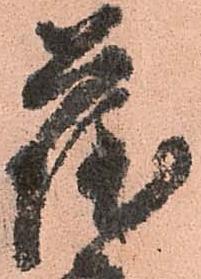
薩